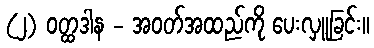
(၂) ဝတ္ထဒါန - အဝတ်အထည်ကို ပေးလှူခြင်း။